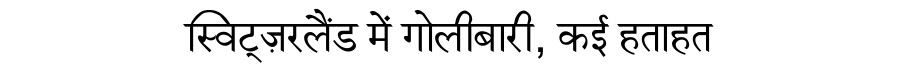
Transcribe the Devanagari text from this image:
स्विट्ज़रलैंड में गोलीबारी, कई हताहत